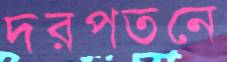
দরপতনে